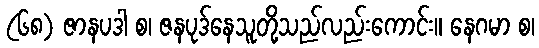
(၆၈) ဇာနပဒါ စ၊ ဇနပုဒ်နေသူတို့သည်လည်းကောင်း။ နေဂမာ စ၊